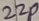
Text: 22P